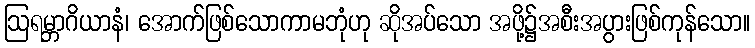
ဩရမ္ဘာဂိယာနံ၊ အောက်ဖြစ်သောကာမဘုံဟု ဆိုအပ်သော အဖို့၌အစီးအပွားဖြစ်ကုန်သော။